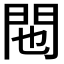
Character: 𬮆